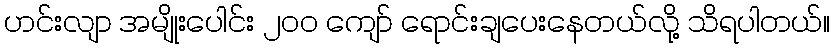
ဟင်းလျာ အမျိုးပေါင်း ၂၀၀ ကျော် ရောင်းချပေးနေတယ်လို့ သိရပါတယ်။